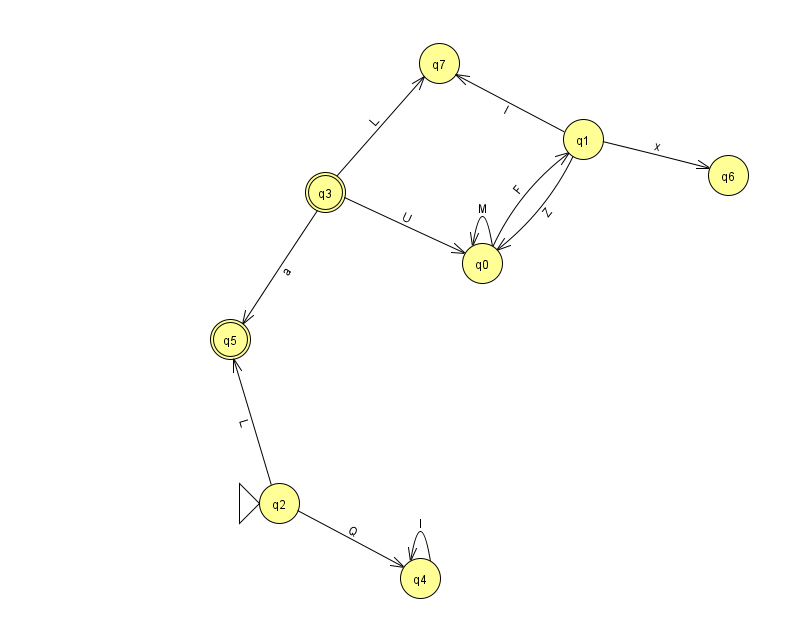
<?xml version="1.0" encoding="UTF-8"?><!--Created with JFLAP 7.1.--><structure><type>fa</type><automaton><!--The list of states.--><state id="0" name="q0"><x>482.0</x><y>250.0</y></state><state id="1" name="q1"><x>583.0</x><y>126.0</y></state><state id="2" name="q2"><x>279.0</x><y>490.0</y><initial/></state><state id="3" name="q3"><x>325.0</x><y>179.0</y><final/></state><state id="4" name="q4"><x>420.0</x><y>565.0</y></state><state id="5" name="q5"><x>230.0</x><y>326.0</y><final/></state><state id="6" name="q6"><x>728.0</x><y>162.0</y></state><state id="7" name="q7"><x>439.0</x><y>50.0</y></state><!--The list of transitions.--><transition><from>3</from><to>0</to><read>U</read></transition><transition><from>1</from><to>7</to><read>l</read></transition><transition><from>2</from><to>5</to><read>L</read></transition><transition><from>1</from><to>0</to><read>Z</read></transition><transition><from>4</from><to>4</to><read>I</read></transition><transition><from>0</from><to>1</to><read>F</read></transition><transition><from>1</from><to>6</to><read>x</read></transition><transition><from>3</from><to>7</to><read>L</read></transition><transition><from>0</from><to>0</to><read>M</read></transition><transition><from>2</from><to>4</to><read>Q</read></transition><transition><from>3</from><to>5</to><read>a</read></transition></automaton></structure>